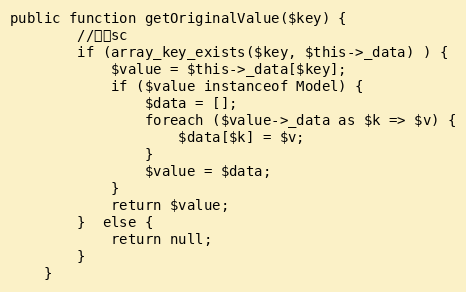
Language: PHP
public function getOriginalValue($key) {
		//检查sc
		if (array_key_exists($key, $this->_data) ) {
			$value = $this->_data[$key];
			if ($value instanceof Model) {
				$data = [];
				foreach ($value->_data as $k => $v) {
					$data[$k] = $v;
				}
				$value = $data;
			}
			return $value;
		}  else {
			return null;
		}
	}